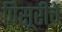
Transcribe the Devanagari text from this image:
पिसूरीचे